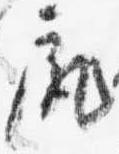
尻